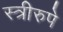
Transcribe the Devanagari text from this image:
स्त्रीरुपे